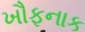
ખૌફનાક